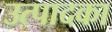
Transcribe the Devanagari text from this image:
उत्पादका